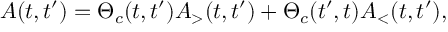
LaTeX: A ( t , t ^ { \prime } ) = \Theta _ { c } ( t , t ^ { \prime } ) A _ { > } ( t , t ^ { \prime } ) + \Theta _ { c } ( t ^ { \prime } , t ) A _ { < } ( t , t ^ { \prime } ) ,